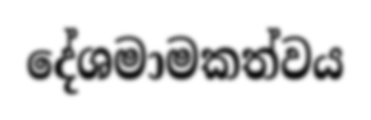
දේශමාමකත්වය